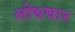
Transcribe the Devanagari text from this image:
लोधघार